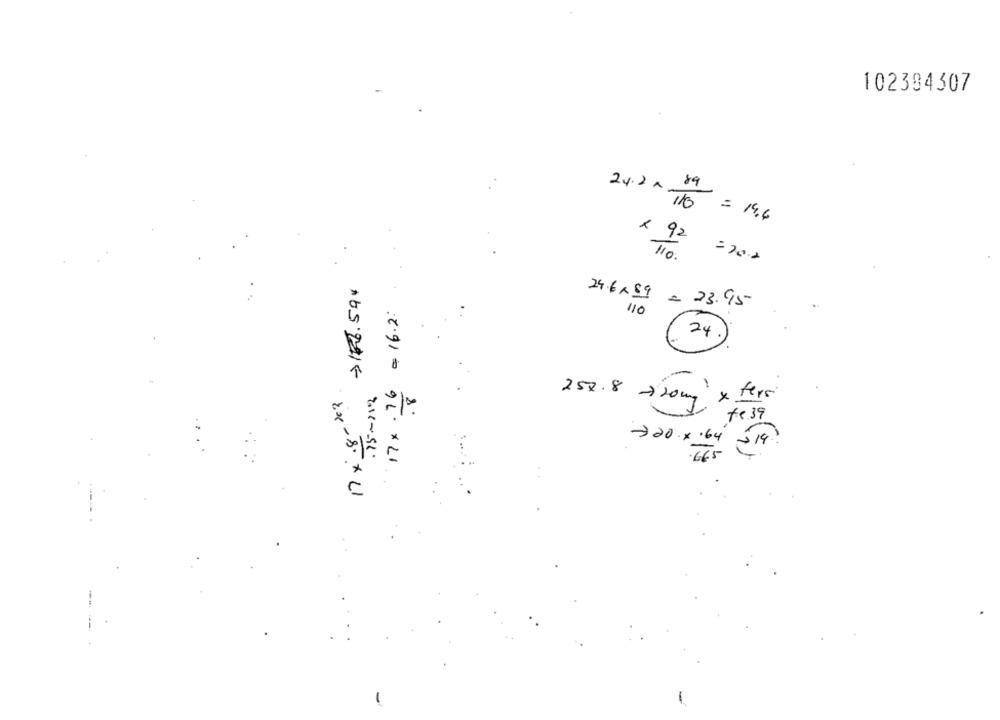
102384307
89
24.2 x-
= 14.6
× 92
=202
>156.594
24.6×59 = 23.95
The
110
.75-212
-
17 x.8-22
1 x fers
258.8 720mg
78.39
720 x.64
665
:2.91 - 95×21
-